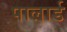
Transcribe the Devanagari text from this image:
पालार्ड